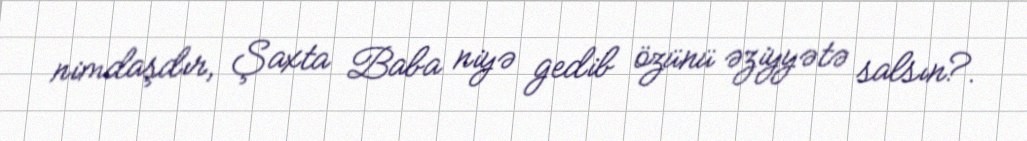
nimdaşdır, Şaxta Baba niyə gedib özünü əziyyətə salsın?.